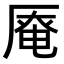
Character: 𠪎